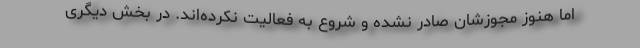
اما هنوز مجوزشان صادر نشده و شروع به فعالیت نکرده‌اند. در بخش دیگری